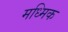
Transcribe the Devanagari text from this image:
मध्मिक